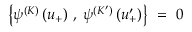
\left\{ \psi ^ { ( K ) } \, ( u _ { + } ) \; , \; \psi ^ { ( K ^ { \prime } ) } \, ( u _ { + } ^ { \prime } ) \right\} \ = \ 0